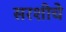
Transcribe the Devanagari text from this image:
सरशीचे